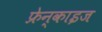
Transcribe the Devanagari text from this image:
फ्रेन्‍काइज